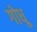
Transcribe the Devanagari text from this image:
गोधू